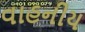
વાહનીય